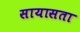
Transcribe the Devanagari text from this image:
सायासता